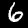
Digit: 6